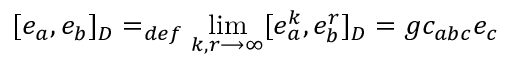
[ e _ { a } , e _ { b } ] _ { D } = _ { d e f } \operatorname * { l i m } _ { k , r \longrightarrow \infty } [ e _ { a } ^ { k } , e _ { b } ^ { r } ] _ { D } = g c _ { a b c } e _ { c }